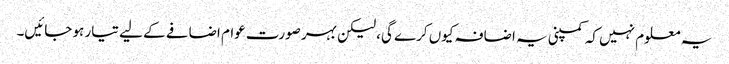
یہ معلوم نہیں کہ کمپنی یہ اضافہ کیوں کرے گی، لیکن بہر صورت عوام اضافے کے لیے تیار ہو جائیں۔